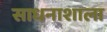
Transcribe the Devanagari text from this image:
साधनाशाला